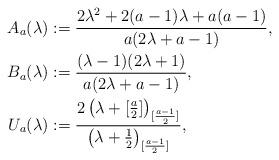
LaTeX: \begin{align*}A_a(\lambda)&:= \frac{2 \lambda^2 + 2(a-1) \lambda + a(a-1)}{a (2\lambda+a -1)},\\B_a(\lambda)&:=\frac{(\lambda-1)(2\lambda+1)}{a(2\lambda+a-1)}, \\U_a(\lambda)&:=\frac{2 \left(\lambda+ [\frac{a}{2}] \right)_{[\frac{a-1}{2}]}}{\left(\lambda + \frac{1}{2} \right)_{[\frac{a-1}{2}]}},\end{align*}